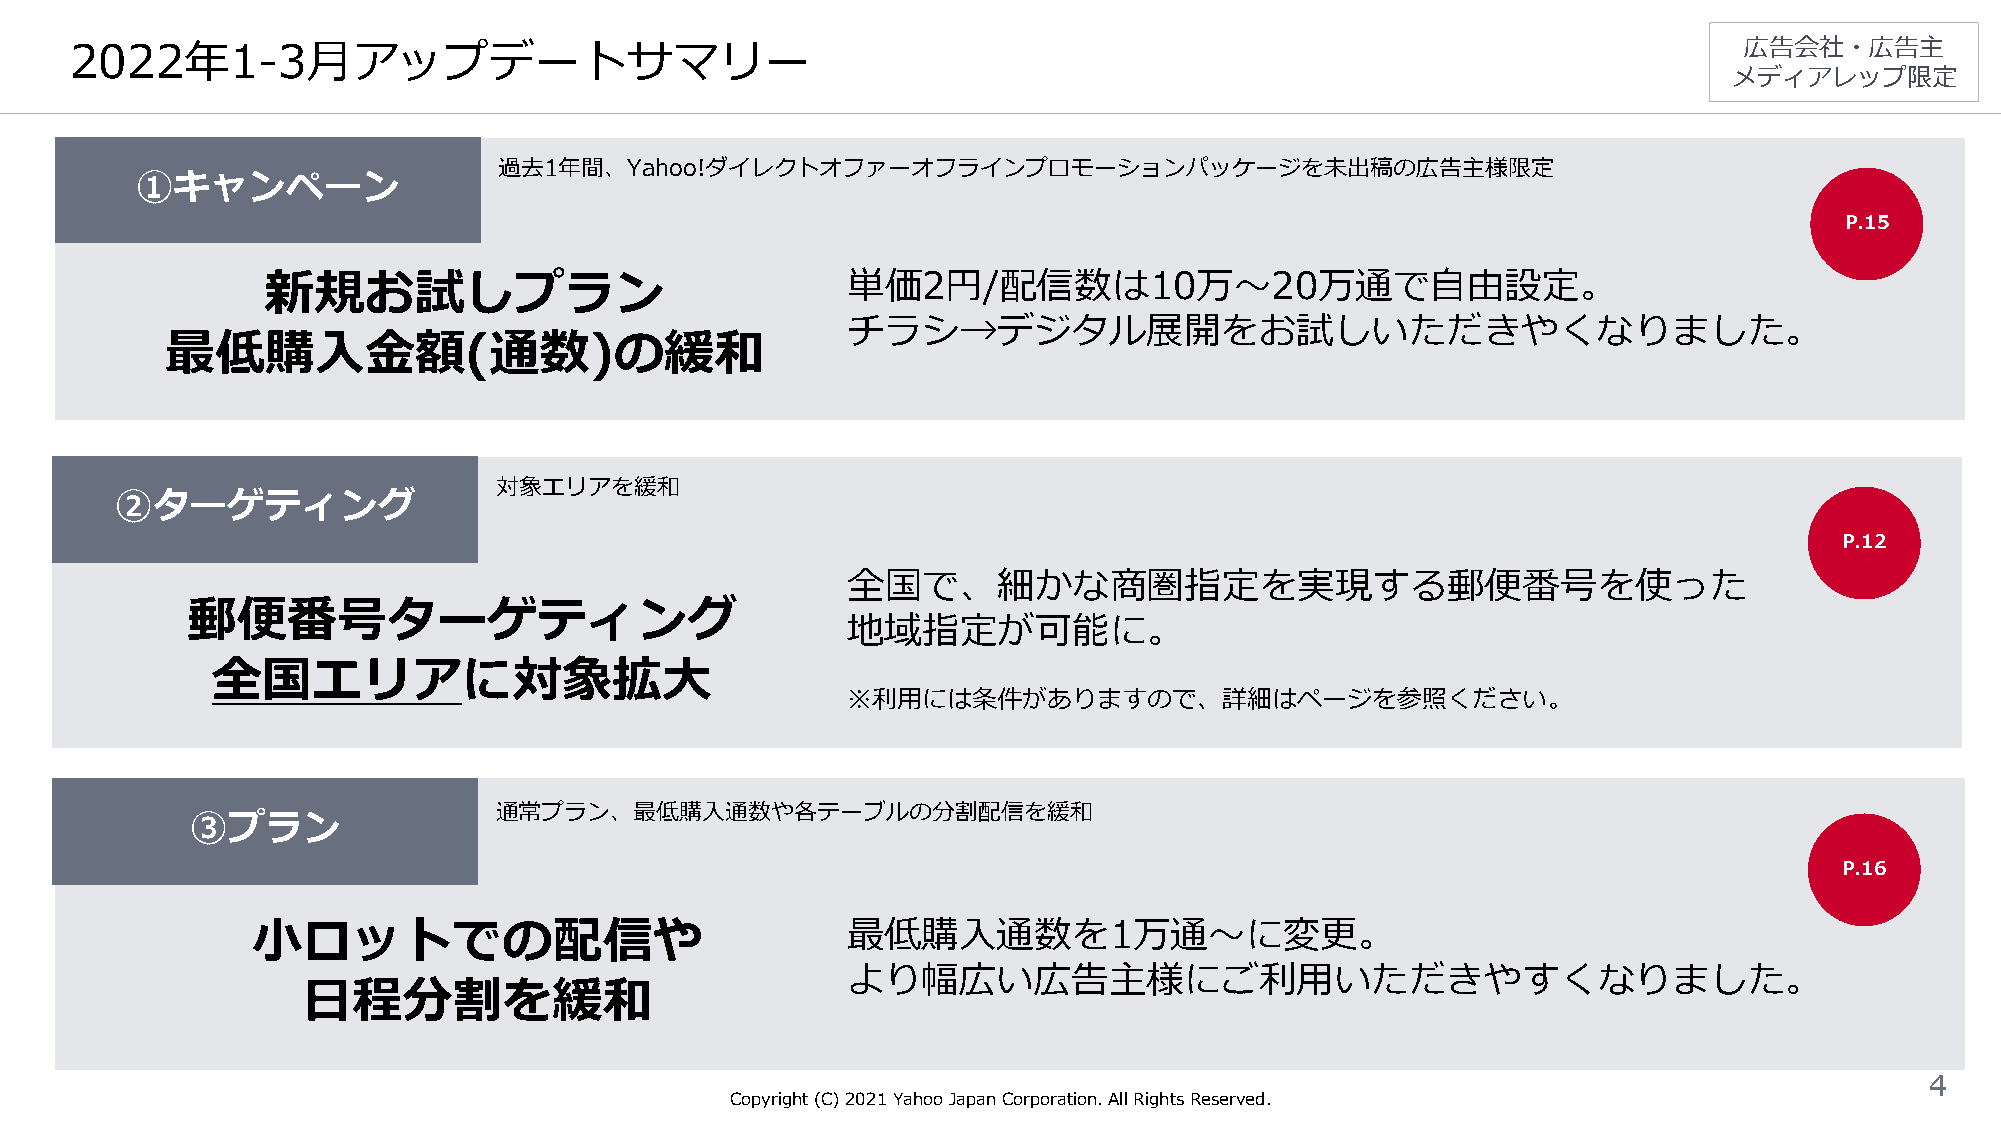
2022年1-3月アップデートサマリー                                                                                           広告会社・広告主
 メディアレップ限定
 過去1年間、Yahoo!ダイレクトオファーオフラインプロモーションパッケージを未出稿の広告主様限定
 ①キャンペーン
 P.15
 新規お試しプラン                               単価2円/配信数は10万〜20万通で自由設定。
 チラシ→デジタル展開をお試しいただきやくなりました。
 最低購入金額(通数)の緩和
 対象エリアを緩和
 ②ターゲティング
 P.12
 全国で、細かな商圏指定を実現する郵便番号を使った
 郵便番号ターゲティング
 地域指定が可能に。
 全国エリアに対象拡大
 ※利用には条件がありますので、詳細はページを参照ください。
 通常プラン、最低購入通数や各テーブルの分割配信を緩和
 ③プラン
 P.16
 小ロットでの配信や                              最低購入通数を1万通〜に変更。
 より幅広い広告主様にご利用いただきやすくなりました。
 日程分割を緩和
 4
 Copyright (C)2021Yahoo Japan Corporation. All Rights Reserved.